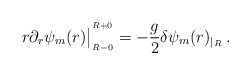
\begin{align*}r \partial_r \psi_m (r) \big|^{^{R+0}}_{_{R-0}}=-{g\over 2}\delta\psi_m(r)_{|_R}\,. \end{align*}